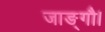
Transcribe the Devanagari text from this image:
जाङ्गौ।